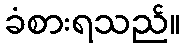
ခံစားရသည်။